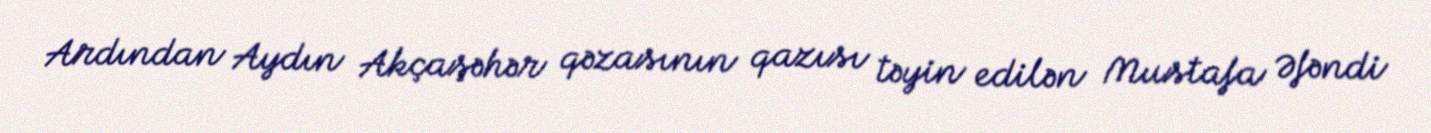
Ardından Aydın Akçaşəhər qəzasının qazısı təyin edilən Mustafa Əfəndi